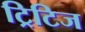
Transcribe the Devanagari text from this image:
ट्रिटिज